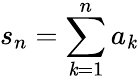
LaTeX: s_{n}=\sum\limits_{\mathit{k}=1}^{n}a_{\mathit{k}}